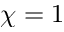
\chi = 1